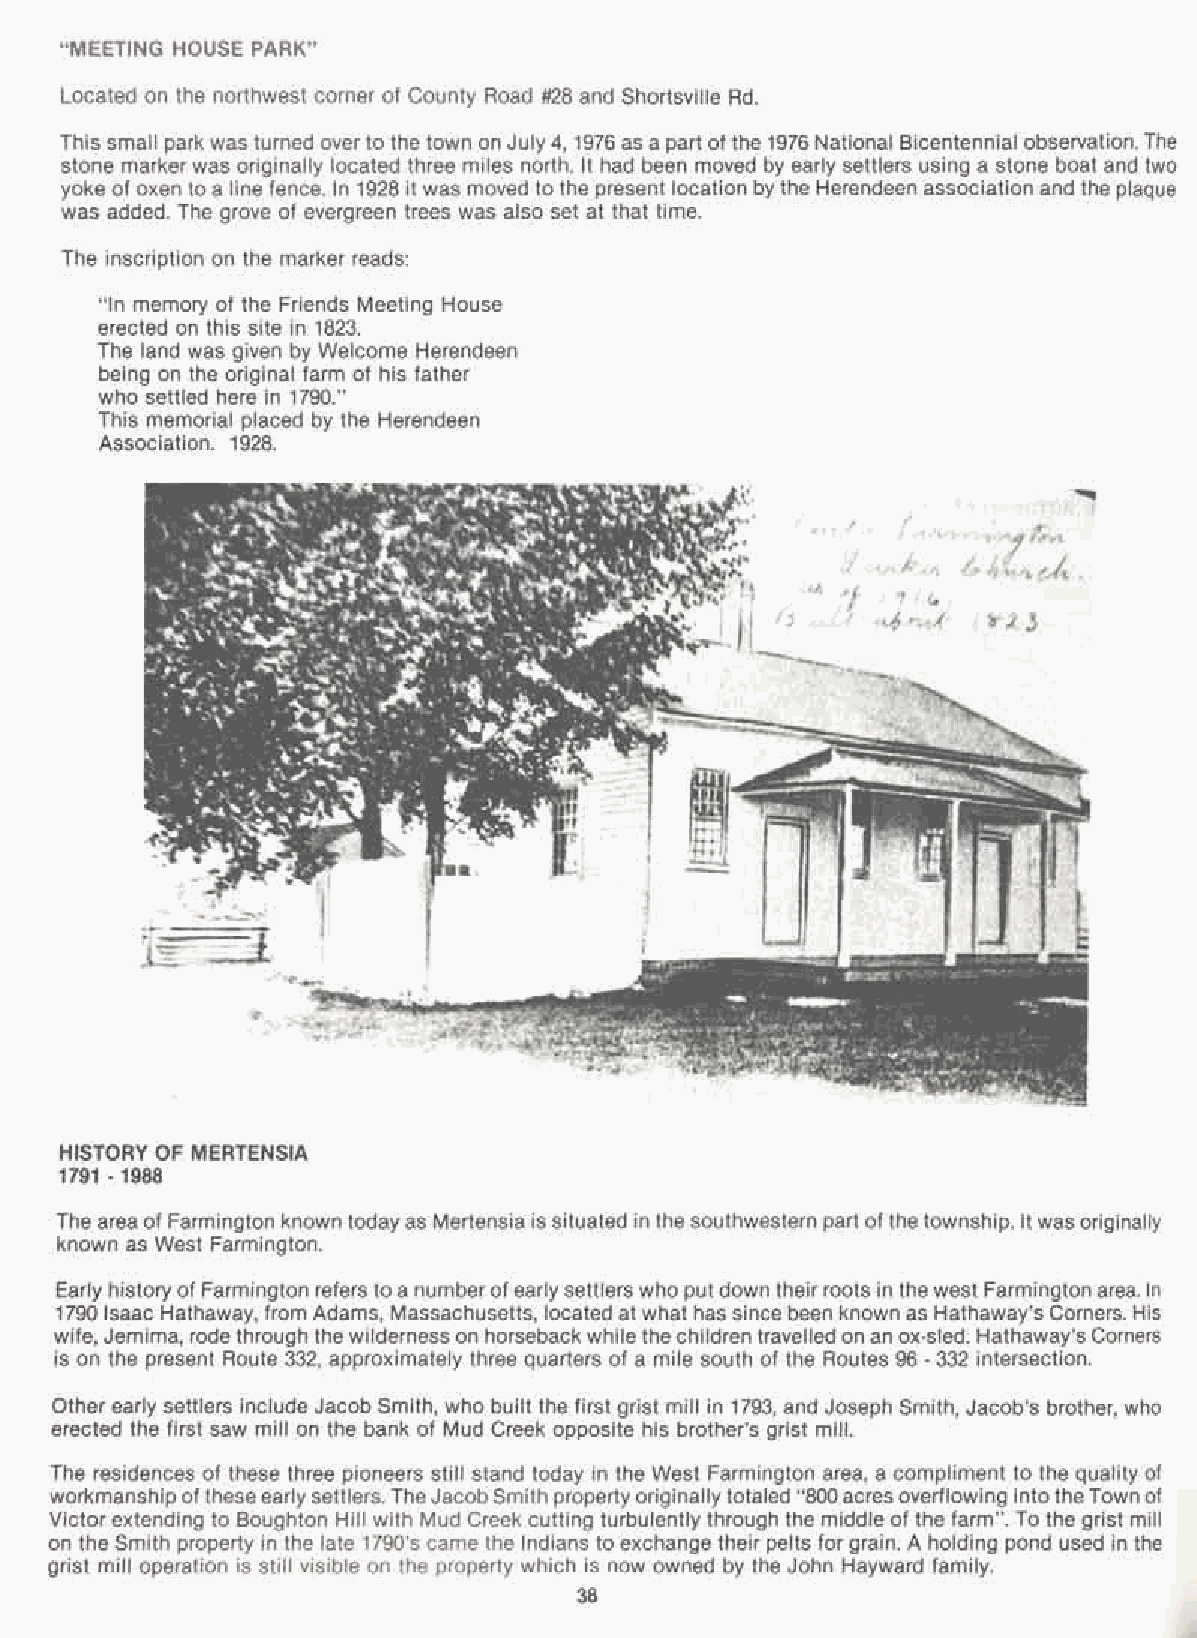
"MEETING HOUSE PARK"
 Located on the northwest corner of County Road #28 and Shortsville Rd.
 This small park was turned overto the town on July 4,1976 as a part of the 1976 National Bicentennial observation.The
 stone marker was originally located three miles north. It had been moved by early settlers using a stone boat and two
 yoke of oxen to a line fence. In 1928 it was moved to the present location by the Herendeen association and the plaque
 was added. The grove of evergreen trees was also set at that time.
 The inscription on the marker reads:
 "In memory of the Friends Meeting House
 erected on this site in 1823.
 The land was given by Welcome Herendeen
 being on the original farm of his father
 who settled here in 1790."
 This memorial placed by the Herendeen
 Association. 1928.
 HISTORY OF MERTENSIA
 1791 - 1988
 The area of Farmington known todayas Mertensia is situated in the southwestern part of the township. Itwas originally
 known as West Farmington.
 Early history of Farmington refers toa numberofearlysettlerswho put down theirroots in thewest Farmington area. In
 1790 Isaac Hathaway, from Adams, Massachusetts, located at what has since been known as Hathaway's Corners. His
 wife, Jemima, rode through thewilderness on horsebackwhile the children travelled on an ox-sled. Hathaway'sCorners
 is on the present Route 332, approximately three quarters of a mile south of the Routes 96 - 332 intersection.
 Other early settlers include Jacob Smith, who built the first grist mill in 1793, and Joseph Smith, Jacob's brother, who
 erected the first saw mill on the bank of Mud Creek opposite his brother's grist mill.
 The residences of these three pioneers still stand today in the West Farmington area, a compliment to the quality of
 workmanship oftheseearlysettlers.TheJacobSmith propertyoriginallytotaled "800acresoverflowing intotheTownof
 Victor extending to Boughton Hill with Mud Creek cutting turbulently through the middle of the farm". To the grist mill
 on the Smith property in the late 1790's came the Indians to exchange their pelts for grain. A holding pond used in the
 grist mill operation is still visible on the property which is now owned by the John Hayward family.
 38